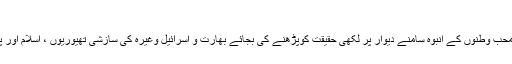
یہ بھی پڑھئے: قائد عوام ذوالفقار علی بھٹو - اختر سردار چودھری
ہماری بدقسمتی یہ ہے کہ سرکاری تاریخ اور کنٹرولڈ میڈیا سے متاثر محب وطنوں کے انبوہ سامنے دیوار پر لکھی حقیقت کوپڑھنے کی بجائے بھارت و اسرائیل وغیرہ کی سازشی تھیوریوں ، اسلام اور پاکستان کے خلاف سازشوں کی پھکی سے اپھاروں کا علاج کرتے ہیں۔